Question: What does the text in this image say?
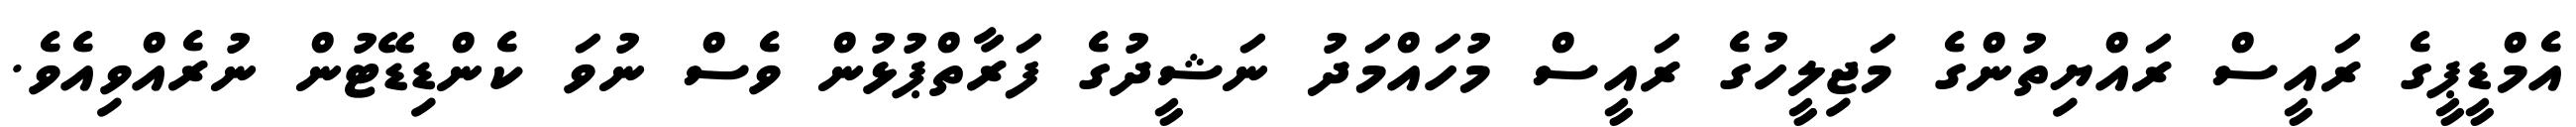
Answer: އެމްޑީޕީގެ ރައީސް ރައްޔިތުންގެ މަޖިލީހުގެ ރައީސް މުހައްމަދު ނަޝީދުގެ ފަރާތްޕުޅުން ވެސް ނުވަ ކެންޑިޑޭޓުން ނުރެއްވިއެވެ.